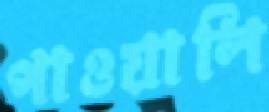
পাওয়ালি